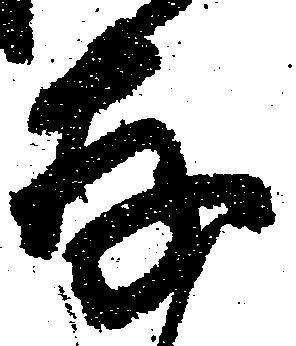
存